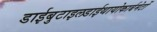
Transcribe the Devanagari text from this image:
डाईबुटाइलडाईथायोकार्बमेटों